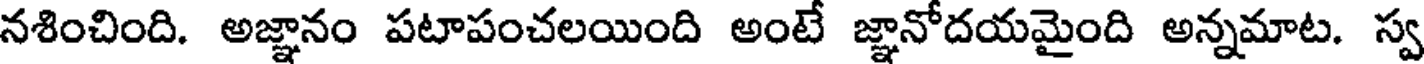
నశించింది. అజ్ఞానం పటాపంచలయింది అంటే జ్ఞానోదయమైంది అన్నమాట. స్వ